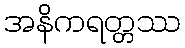
အနိကရတ္တဿ